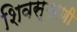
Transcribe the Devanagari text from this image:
शिवस्मरणी